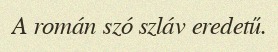
A román szó szláv eredetű.